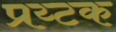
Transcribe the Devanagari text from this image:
प्रय्टक